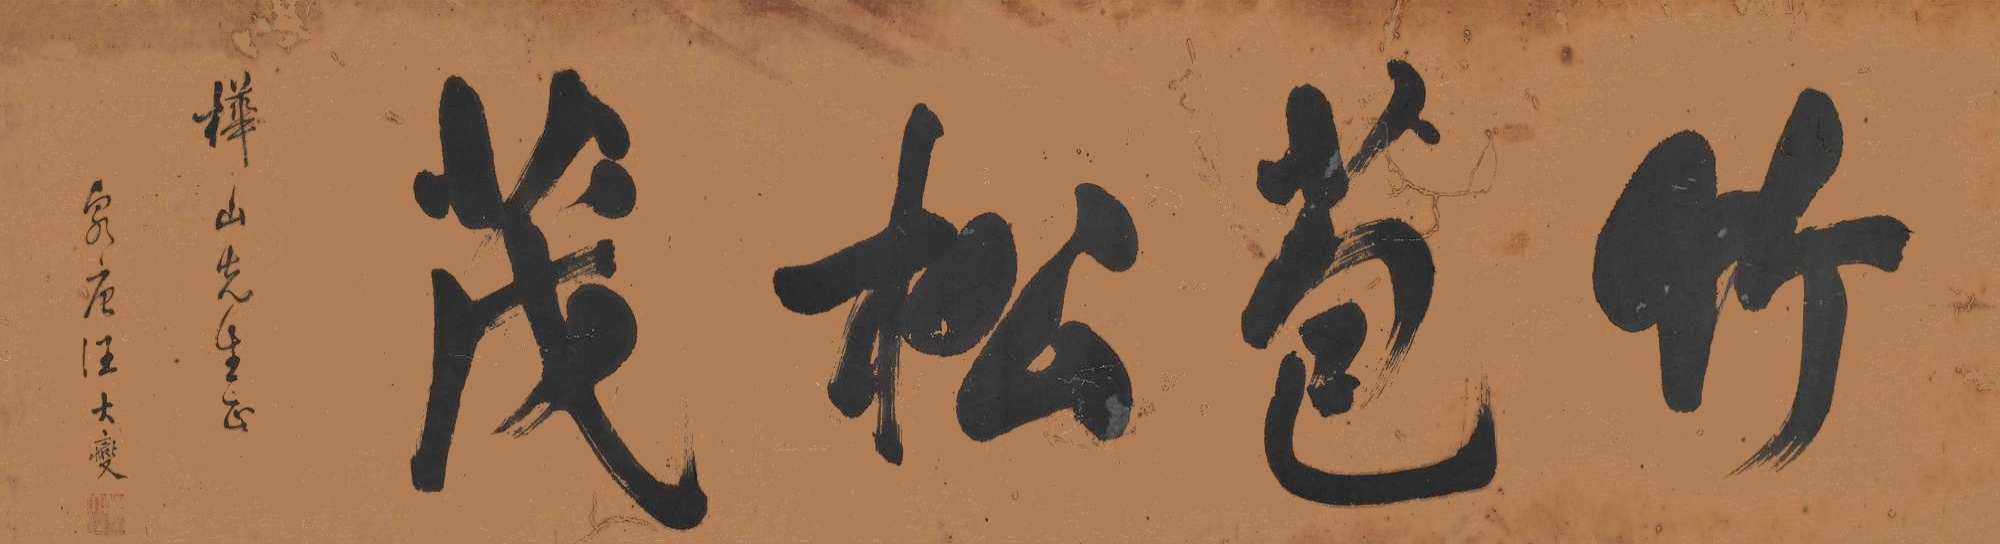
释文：竹苞松茂。桦山先生正，伯唐汪大燮。